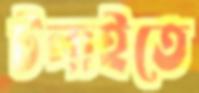
টলাইতে